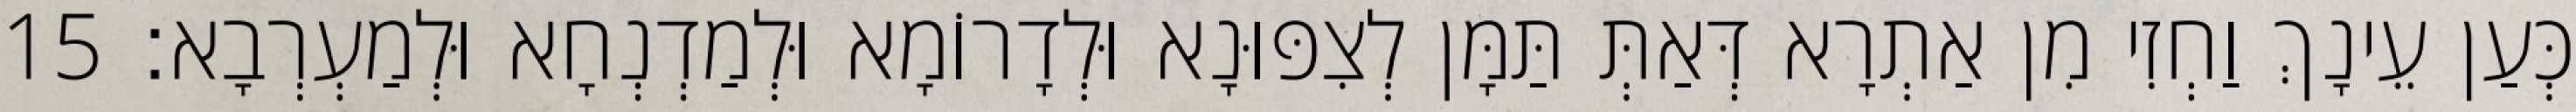
כְּעַן עֵינָךְ וַחְזִי מִן אַתְרָא דְּאַתְּ תַּמָּן לְצִפּוּנָא וּלְדָרוֹמָא וּלְמַדְנְחָא וּלְמַעְרְבָא׃ 15